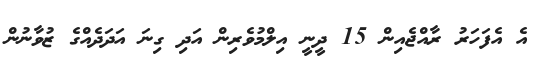
އެ އެފަހަރު ރާއްޖެއިން 15 ދީނީ އިލްމުވެރިން އަދި ގިނަ އަދަދެއްގެ ޒުވާނުން